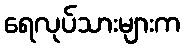
ရေလုပ်သားများက